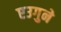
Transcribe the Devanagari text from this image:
एउगुने